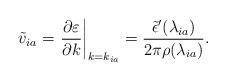
LaTeX: \begin{align*} \tilde{v}_{ia} = \left.\frac{\partial \varepsilon}{\partial k}\right|_{k=k_{ia}} = \frac{\tilde{\epsilon}'(\lambda_{ia})}{2\pi \rho(\lambda_{ia})}.\end{align*}